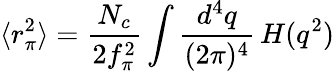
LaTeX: \langle r_{\pi}^{2}\rangle=\frac{N_{c}}{2f_{\pi}^{2}}\int\frac{d^{4}q}{(2\pi)^{4}}\, H(q^{2})